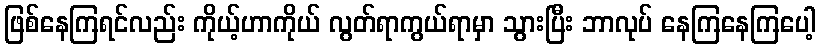
ဖြစ်နေကြရင်လည်း ကိုယ့်ဟာကိုယ် လွတ်ရာကွယ်ရာမှာ သွားပြီး ဘာလုပ် နေကြနေကြပေါ့